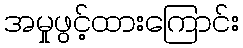
အမှုဖွင့်ထားကြောင်း